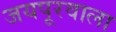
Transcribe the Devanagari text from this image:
जयपूरवाला